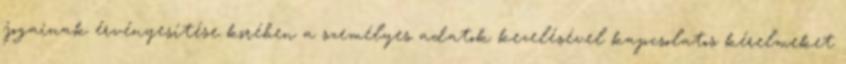
jogainak érvényesítése körében a személyes adatok kezelésével kapcsolatos kérelmeket